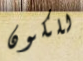
للكون